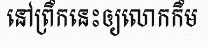
នៅព្រឹកនេះឲ្យលោកកឹម